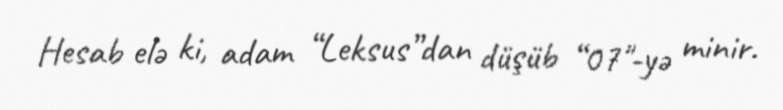
Hesab elə ki, adam “Leksus”dan düşüb “07"-yə minir.